Vaccination in Burma 1912-1922 - 1912-1922
Year: 1912
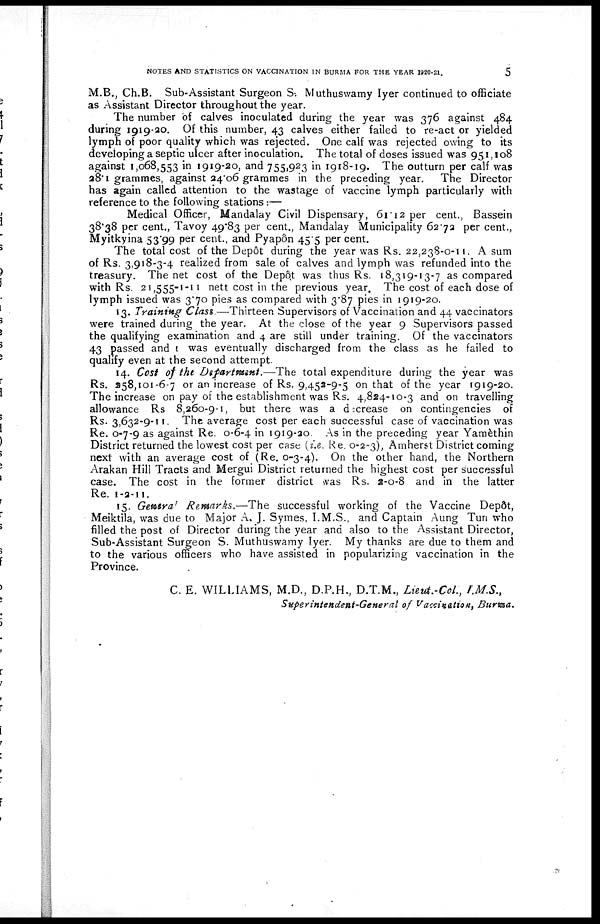
NOTES AND STATISTICS ON VACCINATION IN BURMA FOR THE YEAR 1920-21.
5
M.B., Ch.B. Sub-Assistant Surgeon S. Muthuswamy Iyer continued to officiate
as Assistant Director throughout the year.
The number of calves inoculated during the year was 376 against 484
during 1919-20. Of this number, 43 calves either failed to re-act or yielded
lymph of poor quality which was rejected. One calf was rejected owing to its
developing a septic ulcer after inoculation. The total of doses issued was 951,108
against 1,068,553 in 1919-20, and 755,923 in 1918-19. The outturn per calf was
28.1 grammes, against 24.06 grammes in the preceding year. The Director
has again called attention to the wastage of vaccine lymph particularly with
reference to the following stations :—
Medical Officer, Mandalay Civil Dispensary, 61.12 per cent., Bassein
38.38 per cent., Tavoy 49.83 per cent., Mandalay Municipality 62.72 per cent.,
Myitkyina 53.99 per cent., and Pyapôn 45.5 per cent.
The total cost of the Depôt during the year was Rs. 22,238-0-11. A sum
of Rs. 3,918-3-4 realized from sale of calves and lymph was refunded into the
treasury. The net cost of the Depôt was thus Rs. 18,319-13-7 as compared
with Rs. 21,555-1-11 nett cost in the previous year. The cost of each dose of
lymph issued was 3.70 pies as compared with 3.87 pies in 1919-20.
13. Training Class.—Thirteen Supervisors of Vaccination and 44 vaccinators
were trained during the year. At the close of the year 9 Supervisors passed
the qualifying examination and 4 are still under training. Of the vaccinators
43 passed and I was eventually discharged from the class as he failed to
qualify even at the second attempt.
14. Cost of the Department.—The total expenditure during the year was
Rs. 258,101-6-7 or an increase of Rs. 9,452-9-5 on that of the year 1919-20.
The increase on pay of the establishment was Rs. 4,824-10-3 and on travelling
allowance Rs 8,260-9-1, but there was a decrease on contingencies of
Rs. 3,632-9-11. The average cost per each successful case of vaccination was
Re. 0-7-9 as against Re. 0-6-4 in 1919-20 As in the preceding year Yamèthin
District returned the lowest cost per case (i.e. Re. 0-2-3), Amherst District coming
next with an average cost of (Re. 0-3-4). On the other hand, the Northern
Arakan Hill Tracts and Mergui District returned the highest cost per successful
case. The cost in the former district was Rs. 2-0-8 and in the latter
Re. 1-2-11.
15. Genera1 Remarks.—The successful working of the Vaccine Depôt,
Meiktila, was due to Major A. J. Symes, I.M.S., and Captain Aung Tun who
filled the post of Director during the year and also to the Assistant Director,
Sub-Assistant Surgeon S. Muthuswamy Iyer. My thanks are due to them and
to the various officers who have assisted in popularizing vaccination in the
Province.
C. E. WILLIAMS, M.D., D.P.H., D.T.M., Lieut.-Col., I.MS.,
Superintendent-General of Vaccination, Burma.